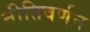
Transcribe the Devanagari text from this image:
नीतिवर्णन